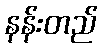
နန်းတည်